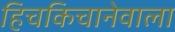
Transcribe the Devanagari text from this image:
हिचकिचानेवाला